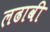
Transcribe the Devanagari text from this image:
लढावी